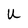
Character: U